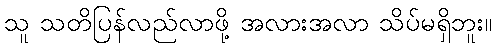
သူ သတိပြန်လည်လာဖို့ အလားအလာ သိပ်မရှိဘူး။